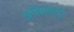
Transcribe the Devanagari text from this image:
अस्मितेतुन